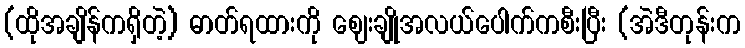
(ထိုအချိန်ကရှိတဲ့) ဓာတ်ရထားကို ဈေးချိုအလယ်ပေါက်ကစီးပြီး (အဲဒီတုန်းက